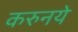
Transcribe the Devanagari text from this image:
करुनये